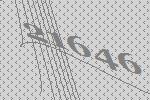
21646